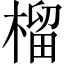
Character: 榴